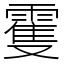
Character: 䨥